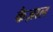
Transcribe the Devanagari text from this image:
कैज़ाल